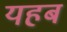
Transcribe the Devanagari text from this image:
यहब